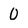
Character: 0